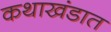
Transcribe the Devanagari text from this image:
कथाखंडात